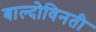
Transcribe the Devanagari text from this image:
बाल्दोविनती